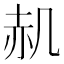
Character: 𮰊